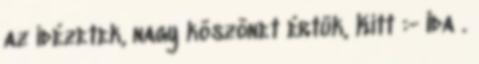
az idézetek, nagy köszönet értük, Kitt :- Ida .